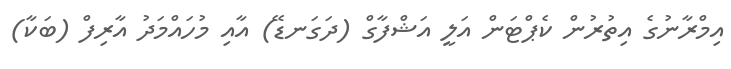
އިމްރާނުގެ އިތުރުން ކެޕްޓަން އަލީ އަޝްފާގް (ދަގަނޑޭ) އާއި މުހައްމަދު އާރިފް (ބަކާ)